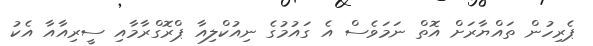
ޕެރިހުން ތައްޔާރަށް އޮތް ނަމަވެސް އެ ގައުމުގެ ނިއުކްލިއާ ޕްރޮގްރާމާއި ސީރިއާއާ އެކު